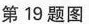
第19题图